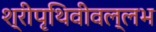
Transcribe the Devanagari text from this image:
श्रीपृथिवीवल्लभ